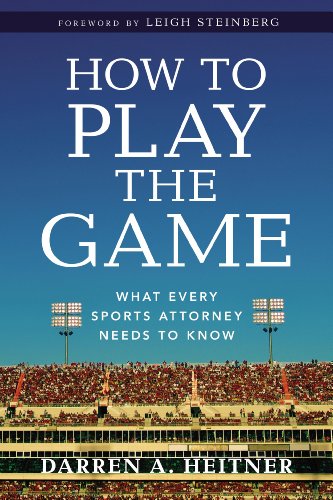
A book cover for How to Play the Game: What Every Sports Attorney Needs to Know; Darren Heitner; Law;